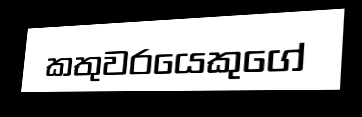
කතුවරයෙකුගේ